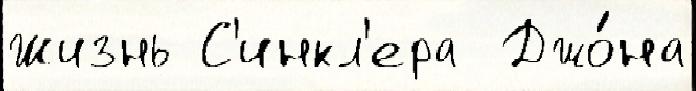
Жизнь С'инкл'ера  Джо́на